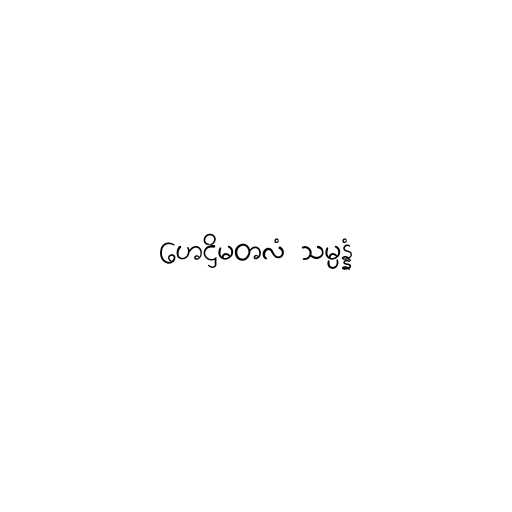
ဟေဋ္ဌိမတလံ သမ္ပန္နံ